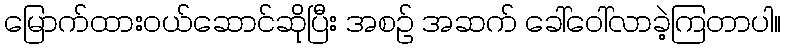
မြောက်ထားဝယ်ဆောင်ဆိုပြီး အစဉ် အဆက် ခေါ်ဝေါ်လာခဲ့ကြတာပါ။